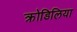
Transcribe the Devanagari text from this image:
क्रोडिलिया